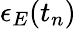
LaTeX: \epsilon_{E}(t_{n})